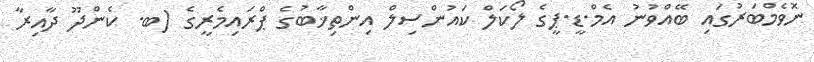
ނޮވެމްބަރުގައި ބޭއްވުނު އެމް.ޑީ.ޕީގެ ލޯކަލް ކައުންސިލް އިންތިޚާބުގެ ޕްރައިމެރީގެ (ބ. ކެންދޫ ދާއިރާ